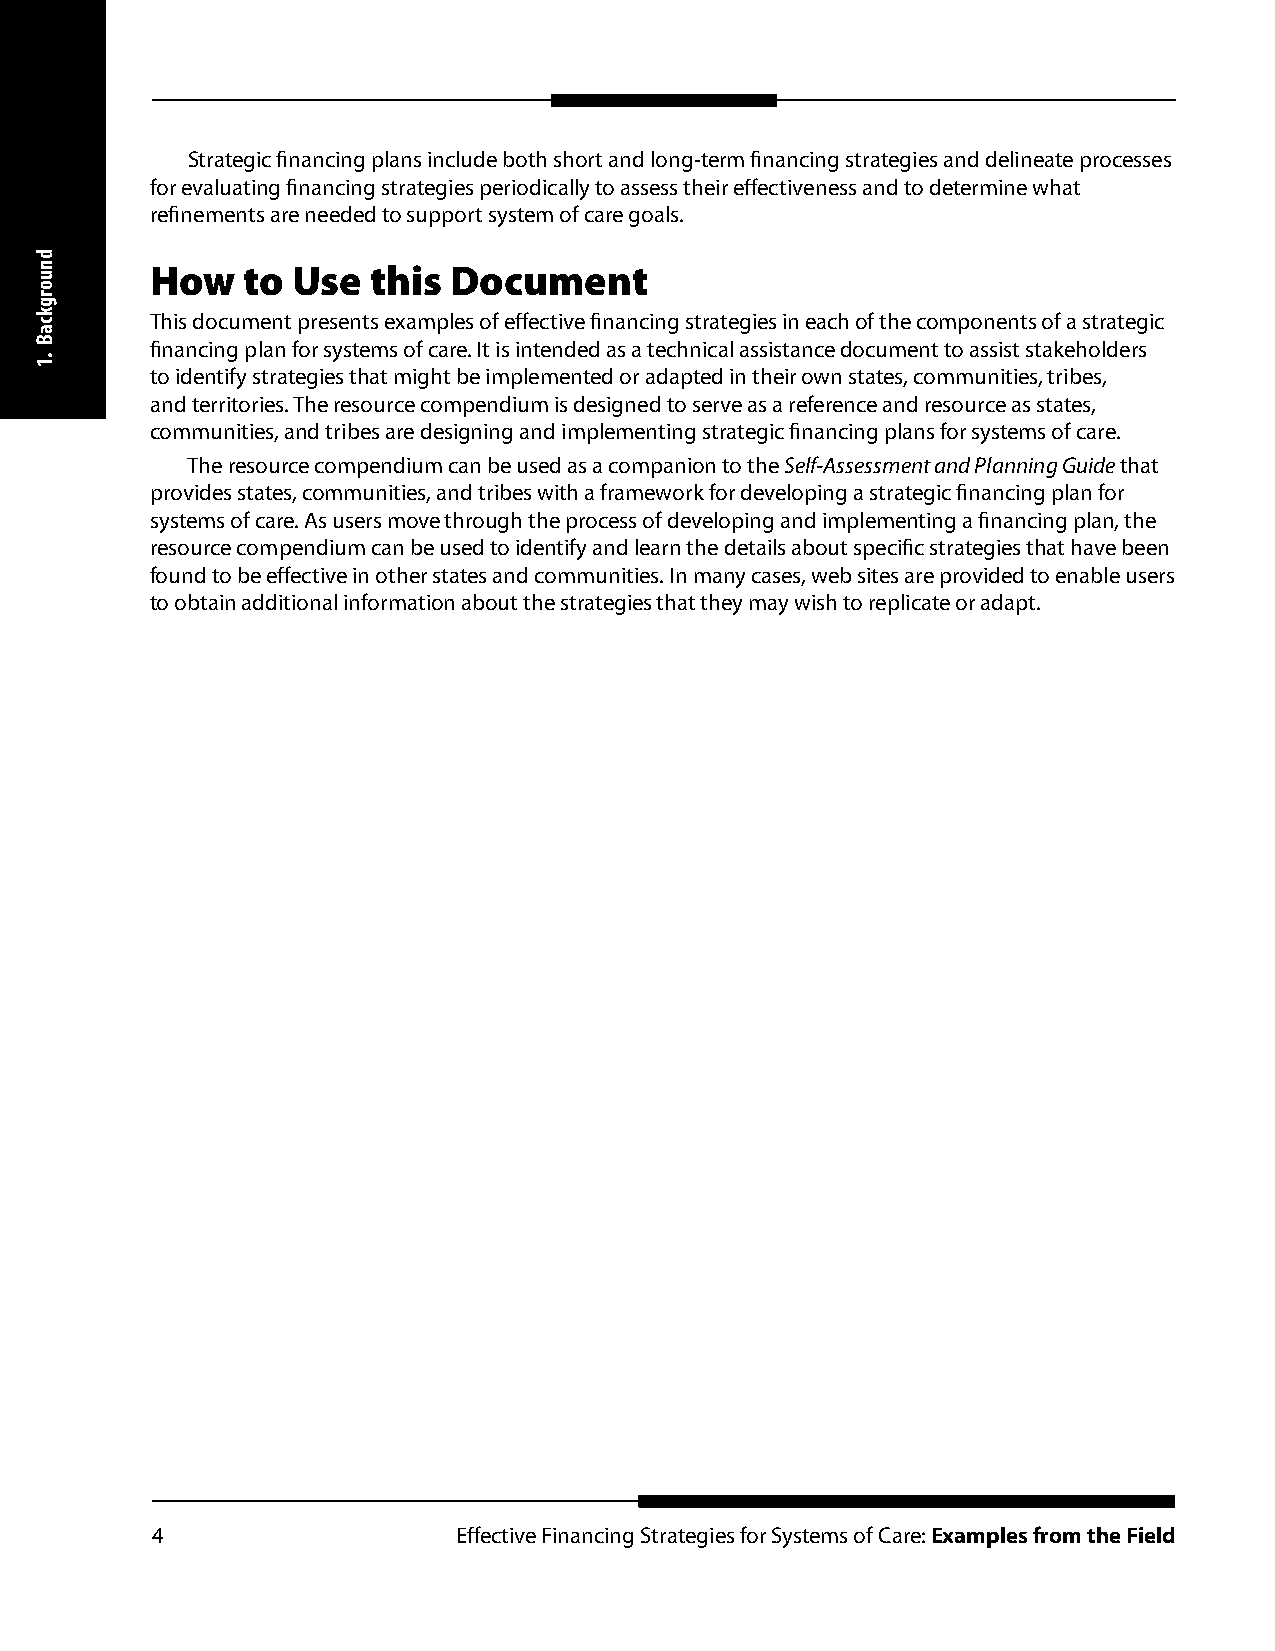
Strategic financing plans include both short and long-term financing strategies and delineate processes
 for evaluating financing strategies periodically to assess their effectiveness and to determine what
 refinements are needed to support system of care goals.
 How   to Use  this  Document
 This document presents examples of effective financing strategies in each of the components of a strategic
 financing plan for systems of care. It is intended as a technical assistance document to assist stakeholders
 to identify strategies that might be implemented or adapted in their own states, communities, tribes,
 and territories. The resource compendium is designed to serve as a reference and resource as states,
 communities, and tribes are designing and implementing strategic financing plans for systems of care.
 The resource compendium can be used as a companion to the Self-Assessment and Planning Guide that
 provides states, communities, and tribes with a framework for developing a strategic financing plan for
 systems of care. As users move through the process of developing and implementing a financing plan, the
 resource compendium can be used to identify and learn the details about specific strategies that have been
 found to be effective in other states and communities. In many cases, web sites are provided to enable users
 to obtain additional information about the strategies that they may wish to replicate or adapt.
 4                   Effective Financing Strategies for Systems of Care: Examples from the Field
 dnuorgkcaB
 .1